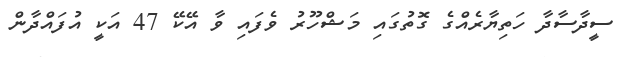
ސީދާސާދާ ހަތިޔާރެއްގެ ގޮތުގައި މަޝްހޫރު ވެފައި ވާ އޭކޭ 47 އަކީ އުފައްދާން